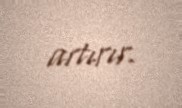
artırır.